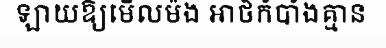
ឡាយឱ្យមើលម៉ង អាថ៌កំបាំងគ្មាន